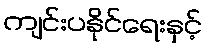
ကျင်းပနိုင်ရေးနှင့်